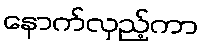
နောက်လှည့်ကာ